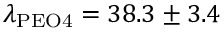
\lambda _ { \mathrm { P E O 4 } } = 3 8 . 3 \pm 3 . 4